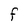
Character: F